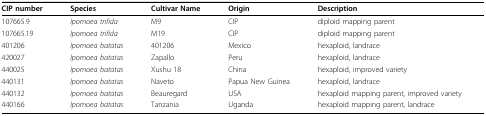
| CIP number | Species | Cultivar Name | Origin | Description |
 | --- | --- | --- | --- | --- |
 | 107665.9 | Ipomoea trifida | M9 | CIP | diploid mapping parent |
 | 107665.19 | Ipomoea trifida | M19 | CIP | diploid mapping parent |
 | 401206 | Ipomoea batatas | 401206 | Mexico | hexaploid, landrace |
 | 420027 | Ipomoea batatas | Zapallo | Peru | hexaploid, landrace |
 | 440025 | Ipomoea batatas | Xushu 18 | China | hexaploid, improved variety |
 | 440131 | Ipomoea batatas | Naveto | Papua New Guinea | hexaploid, landrace |
 | 440132 | Ipomoea batatas | Beauregard | USA | hexaploid mapping parent, improved variety |
 | 440166 | Ipomoea batatas | Tanzania | Uganda | hexaploid mapping parent, landrace |